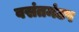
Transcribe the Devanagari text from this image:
वसंतमंटप